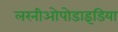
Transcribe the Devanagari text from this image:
लरनीओपोडाइडिया